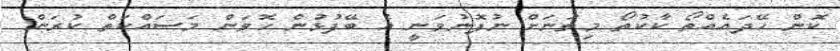
ކޮން ހޭދައެއްތޯ ކާކުތޯ މިތަނަށް ނުފޮނުވަނީ އެ ބޭފުޅުން ހޮވަން މަސައްކަތް ކުރަން